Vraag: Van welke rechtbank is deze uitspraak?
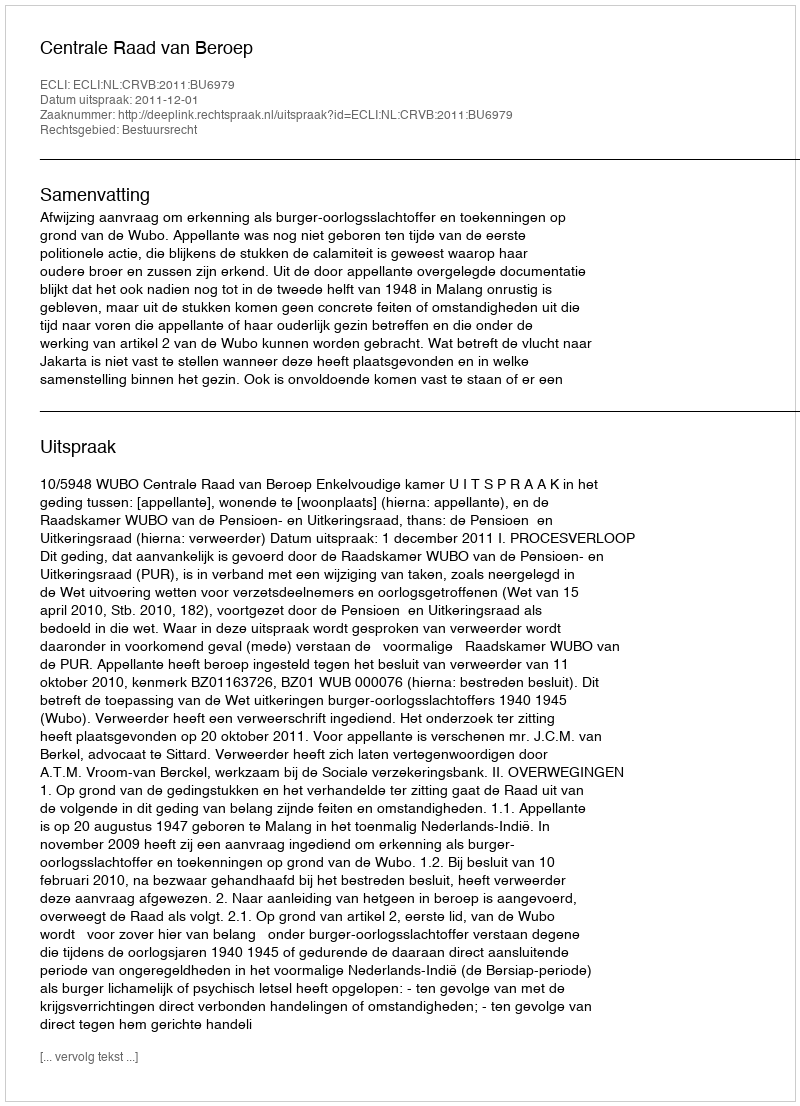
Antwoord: Centrale Raad van Beroep